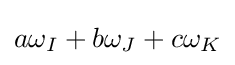
a\omega _{I}+b\omega _{J}+c\omega _{K}